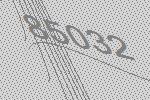
85032